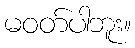
မဝတ်ပါဘူး။